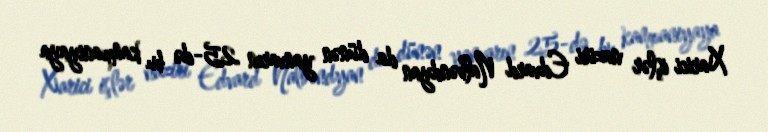
Xarici işlər naziri Edvard Nalbəndyan da dünən yanvarın 25-də bu kampaniyaya